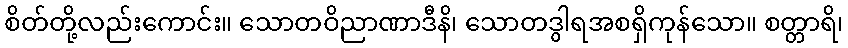
စိတ်တို့လည်းကောင်း။ သောတဝိညာဏာဒီနိ၊ သောတဒွါရအစရှိကုန်သော။ စတ္တာရိ၊